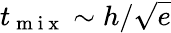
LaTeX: t_{\mathrm{~m~i~x~}}\sim h/\sqrt{e}